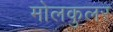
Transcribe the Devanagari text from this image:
मोलकुलर